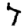
Digit: 7